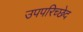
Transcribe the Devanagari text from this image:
उपपरिच्छेद